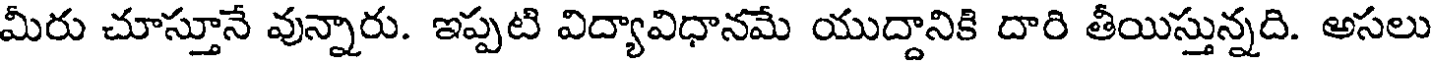
మీరు చూస్తూనే వున్నారు. ఇప్పటి విద్యావిధానమే యుద్దానికి దారి తీయిస్తున్నది. అసలు